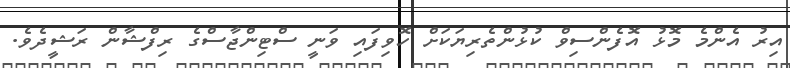
އިރު އެންމެ މޮޅު އޮފެންސިވް ކުޅުންތެރިޔަކަށް ހޮވިފައި ވަނީ ސްޓިންޖާސްގެ ރިފްޝާން ރަޝީދެވެ.